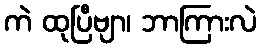
ကဲ ထုပြီဗျာ၊ ဘာကြားလဲ